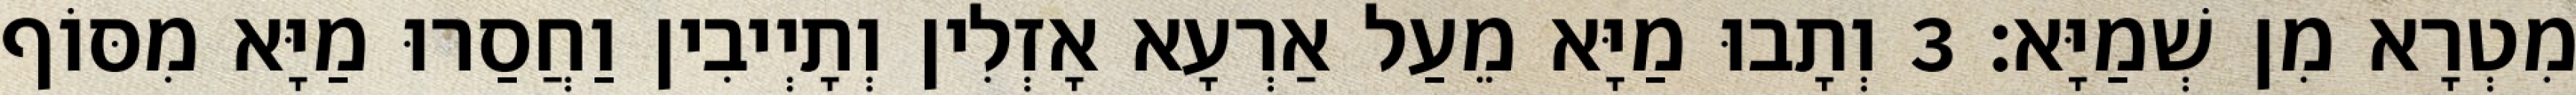
מִטְרָא מִן שְׁמַיָּא׃ 3 וְתָבוּ מַיָּא מֵעַל אַרְעָא אָזְלִין וְתָיְיבִין וַחֲסַרוּ מַיָּא מִסּוֹף